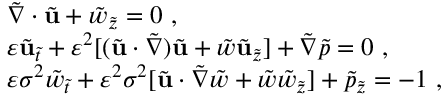
\begin{array} { r l } & { \tilde { \nabla } \cdot \tilde { \mathbf { u } } + \tilde { w } _ { \tilde { z } } = 0 \ , } \\ & { \varepsilon \tilde { \mathbf { u } } _ { \tilde { t } } + \varepsilon ^ { 2 } [ ( \tilde { \mathbf { u } } \cdot \tilde { \nabla } ) \tilde { \mathbf { u } } + \tilde { w } \tilde { \mathbf { u } } _ { \tilde { z } } ] + \tilde { \nabla } \tilde { p } = 0 \ , } \\ & { \varepsilon \sigma ^ { 2 } \tilde { w } _ { \tilde { t } } + \varepsilon ^ { 2 } \sigma ^ { 2 } [ \tilde { \mathbf { u } } \cdot \tilde { \nabla } \tilde { w } + \tilde { w } \tilde { w } _ { \tilde { z } } ] + \tilde { p } _ { \tilde { z } } = - 1 \ , } \end{array}